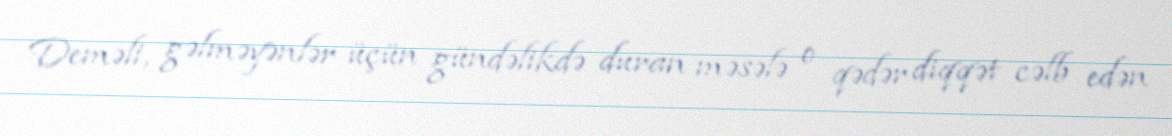
Deməli, gəlməyənlər üçün gündəlikdə duran məsələ o qədər diqqət cəlb edən